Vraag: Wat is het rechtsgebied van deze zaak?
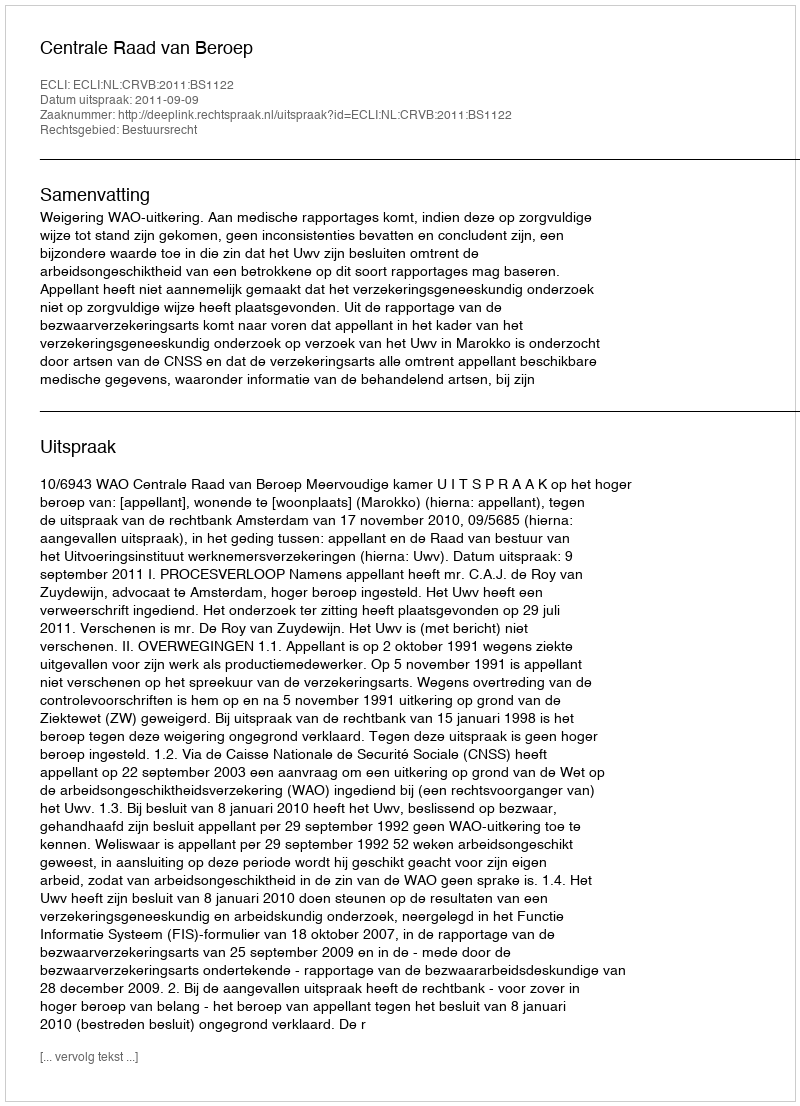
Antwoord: Bestuursrecht